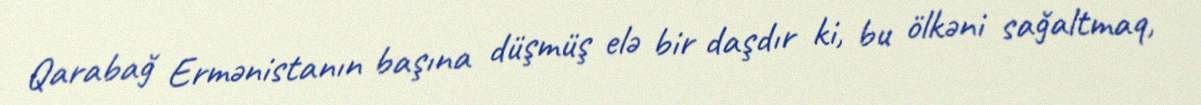
Qarabağ Ermənistanın başına düşmüş elə bir daşdır ki, bu ölkəni sağaltmaq,